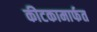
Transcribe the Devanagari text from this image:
कीटकामार्फत